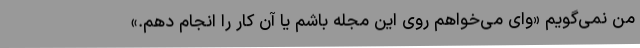
من نمی‌گویم «وای می‌خواهم روی این مجله باشم یا آن کار را انجام دهم.»